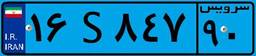
۱۶S۸۴۷۹۰